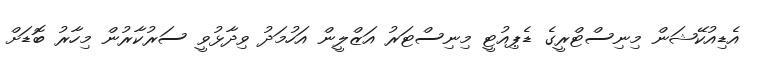
އެޑިއުކޭޝަން މިނިސްޓްރީގެ ޑެޕިއުޓީ މިނިސްޓަރު އަޒްލީން އަހުމަދު ވިދާޅުވީ ސަރުކާރުން މިހާރު ބޮޑަށް